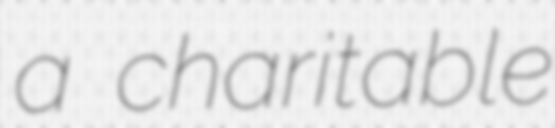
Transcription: a charitable